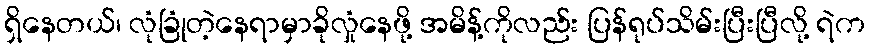
ရှိနေတယ်၊ လုံခြုံတဲ့နေရာမှာခိုလှုံနေဖို့ အမိန့်ကိုလည်း ပြန်ရုပ်သိမ်းပြီးပြီလို့ ရဲက